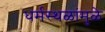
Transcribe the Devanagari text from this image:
धर्मस्थळांमुळे